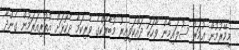
މިމޭރުމުން ޢުމަރު ސުލައިމާން ވާހަކަ ދައްކަވިއިރު މުބާރަކްގެ ވެރިކަމާ ދެކޮޅަށް އުތުރިއަރަމުން ގެންދާ